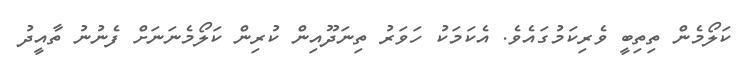
ކަލޯމެން ތިތިބީ ވެރިކަމުގައެވެ. އެކަމަކު ހަވަރު ތިނަދޫއިން ކުރިން ކަލޯމެނަނަށް ފެނުނު ތާއީދު